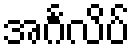
အင်္ဂလိပ်